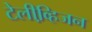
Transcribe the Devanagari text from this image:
टेलीव्हि़जन